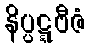
နိပ္ပဋ္ဋဗီဇံ